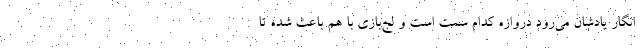
انگار یادشان می‌رود دروازه کدام سمت است و لج‌بازی با هم باعث شده تا